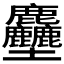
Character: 𪋻